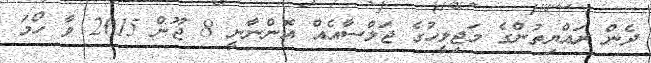
ދެން ރައްޔިތުންގެ މަޖިލީހުގެ ޖަލްސާއެއް އޮންނާނީ 8 ޖޫން 2015 ވާ ހޯމަ